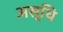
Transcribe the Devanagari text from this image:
अस्‍थि